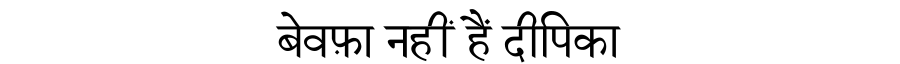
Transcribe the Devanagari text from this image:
बेवफ़ा नहीं हैं दीपिका